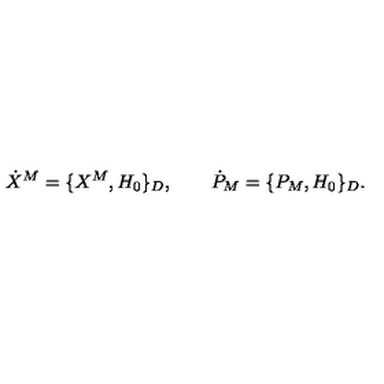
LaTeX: \dot { X } ^ { M } = \{ X ^ { M } , H _ { 0 } \} _ { D } , \qquad \dot { P } _ { M } = \{ P _ { M } , H _ { 0 } \} _ { D } .